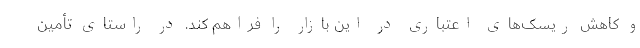
و کاهش ریسک‌های اعتباری در این بازار را فراهم کند. در راستای تأمین